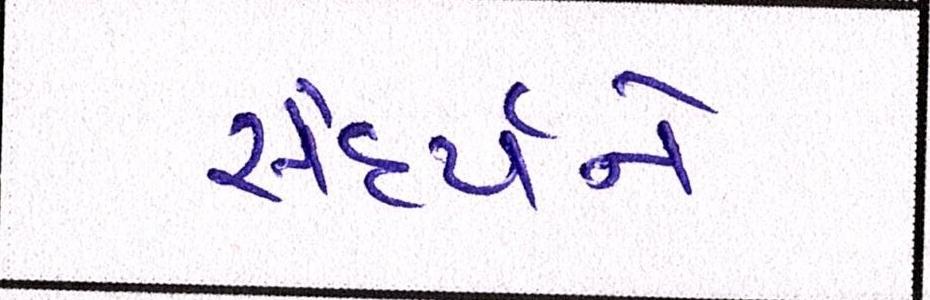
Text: સૌદર્યને